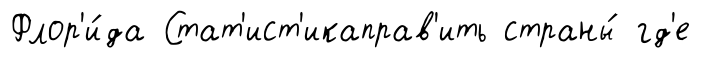
Флор'и́да Стат'ист'икаправ'ить страны́ гд'е